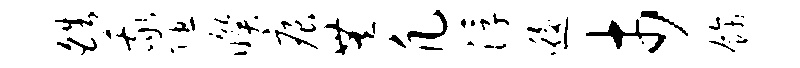
皓我隰暌痕无凡浮逅市饰